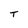
Character: T